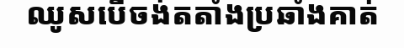
ឈូសបើចង់តតាំងប្រឆាំងគាត់